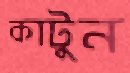
কাটুন